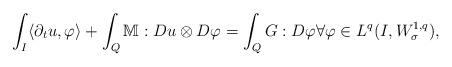
LaTeX: \begin{align*}\int_I \langle \partial_t u,\varphi\rangle + \int_Q \mathbb{M}:Du\otimes D\varphi = \int_Q G: D\varphi\forall \varphi \in L^{q}(I,W^{1,q}_\sigma),\end{align*}